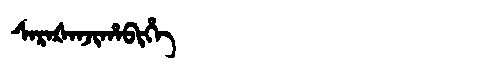
Manchu: ᠰᠠᡵᠠᡧᠠᠨᠵᡳᡥᠠᠪᡳᡥᡝ
Romanization: SARAŠANJIHABIHE